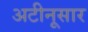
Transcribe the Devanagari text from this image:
अटीनूसार